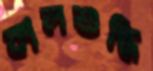
কালশুদ্ধি